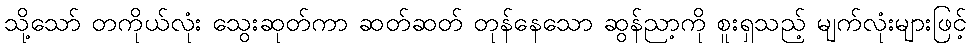
သို့သော် တကိုယ်လုံး သွေးဆုတ်ကာ ဆတ်ဆတ် တုန်နေသော ဆွန်ညာ့ကို စူးရှသည့် မျက်လုံးများဖြင့်